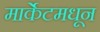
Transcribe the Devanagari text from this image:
मार्केटमधून